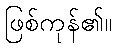
ဖြစ်ကုန်၏။